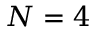
N = 4